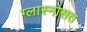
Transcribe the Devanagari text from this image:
ग्लास्नोसत